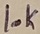
Text: 10K